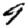
Digit: 9